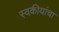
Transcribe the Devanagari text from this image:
स्वकीयांचा